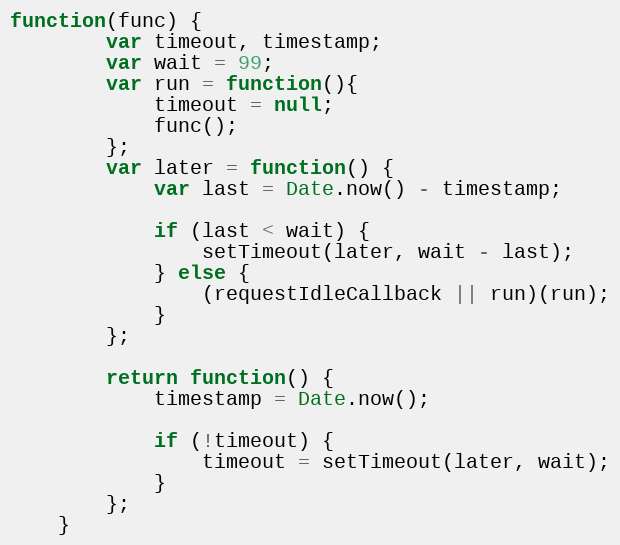
Language: JavaScript
function(func) {
		var timeout, timestamp;
		var wait = 99;
		var run = function(){
			timeout = null;
			func();
		};
		var later = function() {
			var last = Date.now() - timestamp;

			if (last < wait) {
				setTimeout(later, wait - last);
			} else {
				(requestIdleCallback || run)(run);
			}
		};

		return function() {
			timestamp = Date.now();

			if (!timeout) {
				timeout = setTimeout(later, wait);
			}
		};
	}